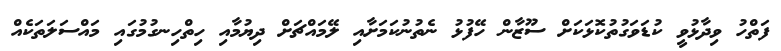
ފަތްހު ވިދާޅުވީ ކުޑަވަގުތުކޮޅަކަށް ސޫޒާން ހޭފުޅު ނެތުނުކަމަށާއި ލޭމައްޗަށް ދިޔުމާއި ހިތްހިނގުމުގައި މައްސަލަތަކެއް